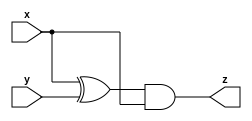
//2022/09/22 
//Simple circuit A
module top_module(input x,input y,output z);

assign z = (x ^ y) & x;

endmodule